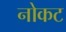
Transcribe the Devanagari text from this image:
नोकट